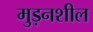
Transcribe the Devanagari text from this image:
मुड़नशील